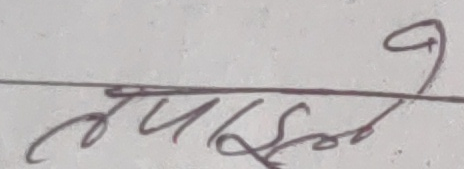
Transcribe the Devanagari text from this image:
लम्साल